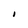
Character: I